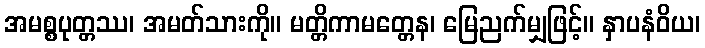
အမစ္စပုတ္တဿ၊ အမတ်သားကို။ မတ္တိကာမတ္တေန၊ မြေညက်မျှဖြင့်။ နှာပနံဝိယ၊